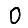
Digit: 0